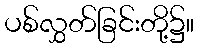
ပစ်လွှတ်ခြင်းတို့၌။